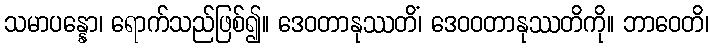
သမာပန္နော၊ ရောက်သည်ဖြစ်၍။ ဒေဝတာနုဿတိံ၊ ဒေဝဝတာနုဿတိကို။ ဘာဝေတိ၊